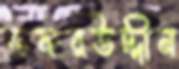
ফকরউদ্দীন